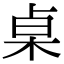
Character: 桌